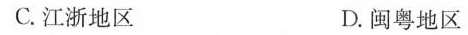
C.江浙地区 D.闽粤地区